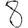
Digit: 8